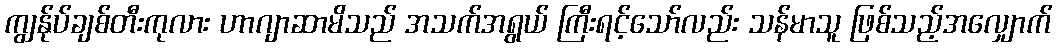
ကျွန်ုပ်ချစ်တီးကုလား ဟာဂျာဆာမိသည် အသက်အရွယ် ကြီးရင့်သော်လည်း သန်မာသူ ဖြစ်သည့်အလျှောက်